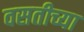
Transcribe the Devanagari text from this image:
वसतीच्या